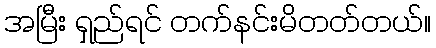
အမြီး ရှည်ရင် တက်နင်းမိတတ်တယ်။